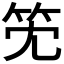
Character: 𥫹